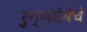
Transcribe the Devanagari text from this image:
रुग्णसेवेचे